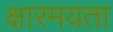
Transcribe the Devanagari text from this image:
क्षारमयता